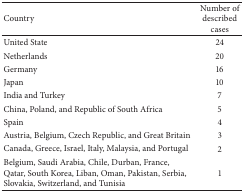
<table><thead><tr><td><b>Country</b></td><td><b>Number of described cases</b></td></tr></thead><tbody><tr><td>United State</td><td>24</td></tr><tr><td>Netherlands</td><td>20</td></tr><tr><td>Germany</td><td>16</td></tr><tr><td>Japan</td><td>10</td></tr><tr><td>India and Turkey</td><td>7</td></tr><tr><td>China, Poland, and Republic of South Africa</td><td>5</td></tr><tr><td>Spain</td><td>4</td></tr><tr><td>Austria, Belgium, Czech Republic, and Great Britain </td><td>3</td></tr><tr><td>Canada, Greece, Israel, Italy, Malaysia, and Portugal</td><td>2</td></tr><tr><td>Belgium, Saudi Arabia, Chile, Durban, France, Qatar, South Korea, Liban, Oman, Pakistan, Serbia, Slovakia, Switzerland, and Tunisia</td><td>1</td></tr></tbody></table>